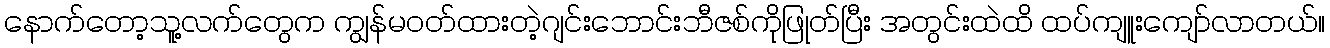
နောက်တော့သူ့လက်တွေက ကျွန်မ၀တ်ထားတဲ့ဂျင်းဘောင်းဘီဇစ်ကိုဖြုတ်ပြီး အတွင်းထဲထိ ထပ်ကျူးကျော်လာတယ်။